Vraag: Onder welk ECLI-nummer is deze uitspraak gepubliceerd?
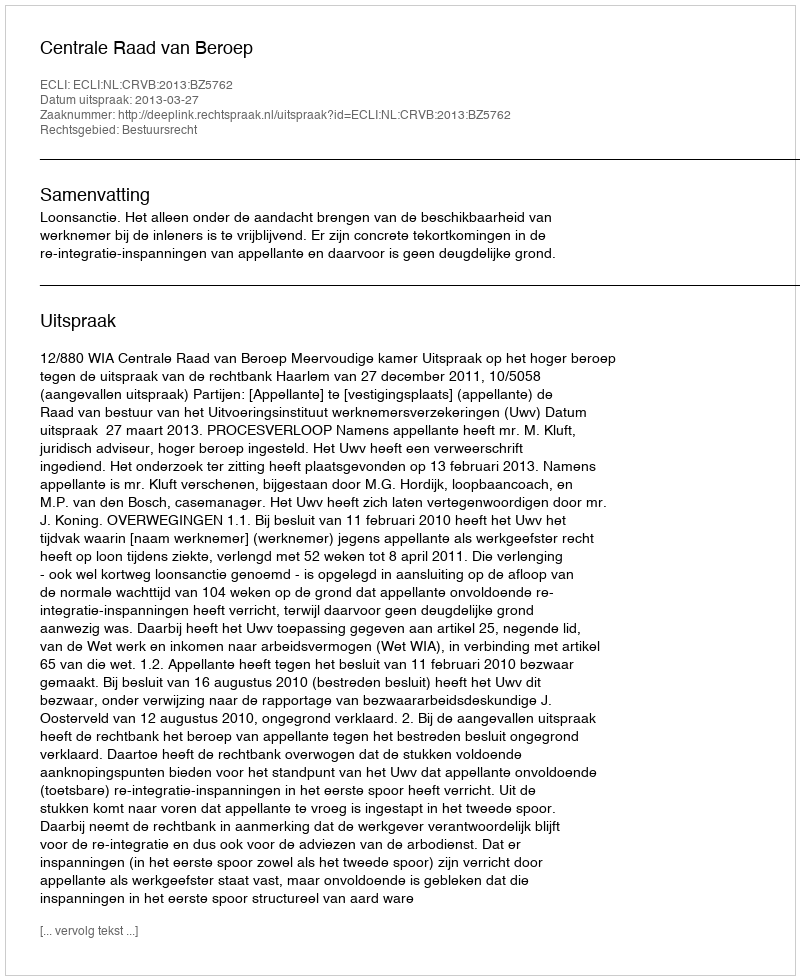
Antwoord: ECLI:NL:CRVB:2013:BZ5762